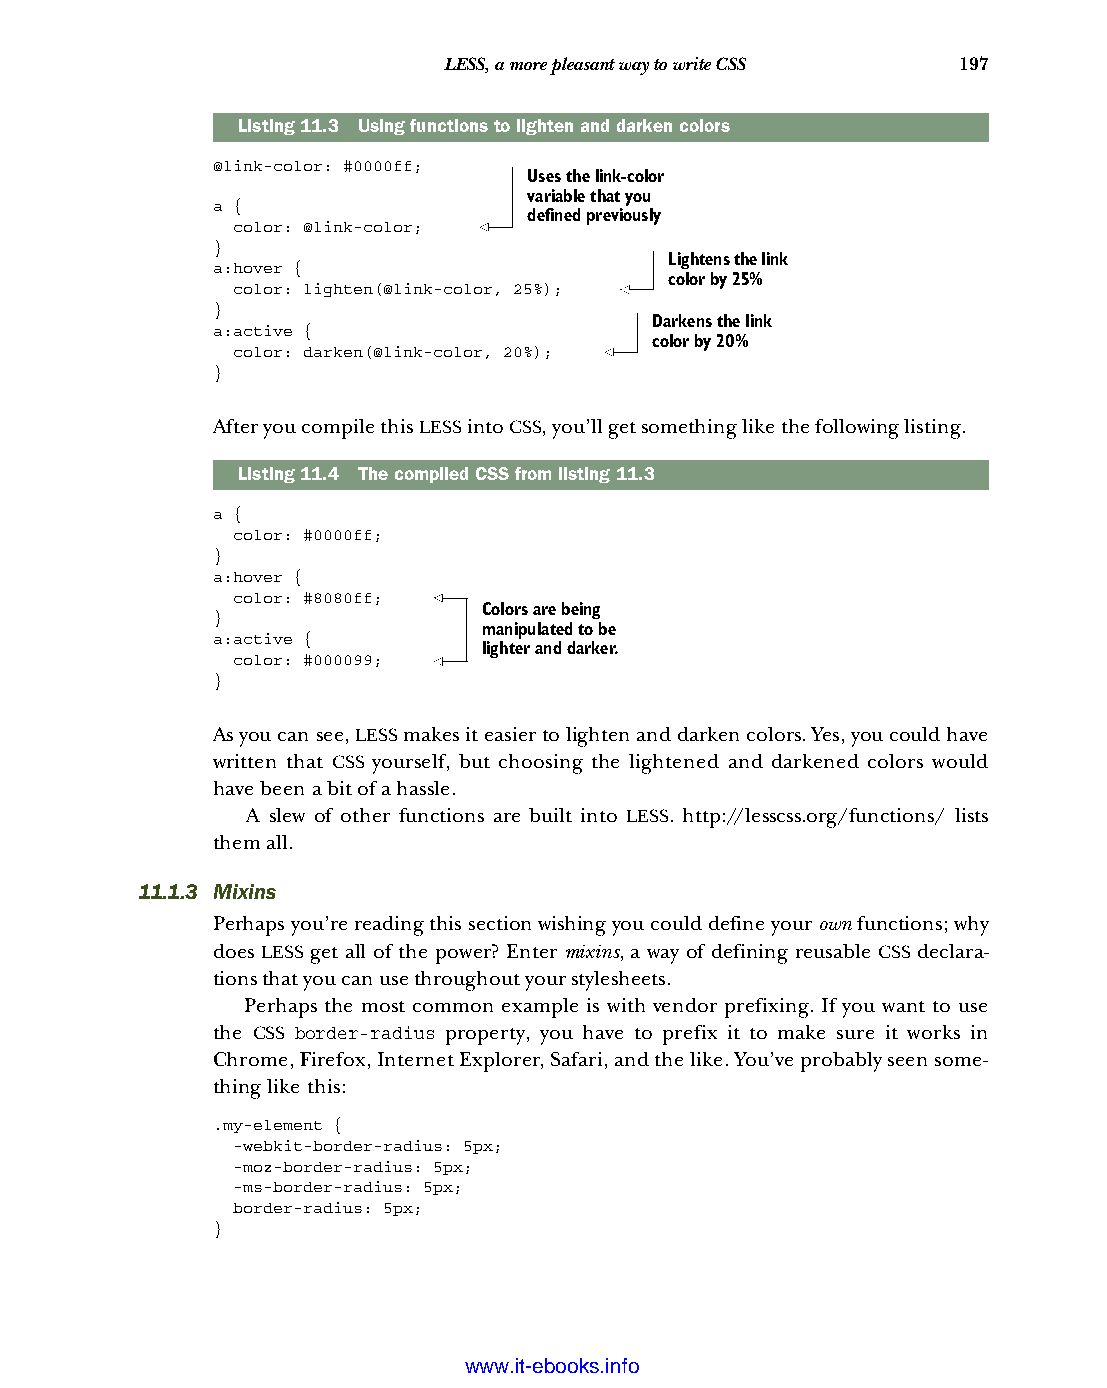
LESS, a more pleasant way to write CSS 197
 Listing11.3 Using functions to lighten and darken colors
 @link-color: #0000ff;
 Uses the link-color
 variable that you
 a {
 defined previously
 color: @link-color;
 }
 Lightens the link
 a:hover {
 color by 25%
 color: lighten(@link-color, 25%);
 }
 Darkens the link
 a:active {
 color by 20%
 color: darken(@link-color, 20%);
 }
 After you compile this LESS into CSS, you’ll get something like the following listing.
 Listing11.4 The compiled CSS from listing 11.3
 a {
 color: #0000ff;
 }
 a:hover {
 color: #8080ff;
 Colors are being
 }
 manipulated to be
 a:active {
 lighter and darker.
 color: #000099;
 }
 As you can see, LESS makes it easier to lighten and darken colors. Yes, you could have
 written that CSS yourself, but choosing the lightened and darkened colors would
 have been a bit of a hassle.
 A slew of other functions are built into LESS. http://lesscss.org/functions/ lists
 them all.
 11.1.3 Mixins
 Perhaps you’re reading this section wishing you could define your own functions; why
 does LESS get all of the power? Enter mixins, a way of defining reusable CSS declara-
 tions that you can use throughout your stylesheets.
 Perhaps the most common example is with vendor prefixing. If you want to use
 the CSS border-radius property, you have to prefix it to make sure it works in
 Chrome, Firefox, Internet Explorer, Safari, and the like. You’ve probably seen some-
 thing like this:
 .my-element {
 -webkit-border-radius: 5px;
 -moz-border-radius: 5px;
 -ms-border-radius: 5px;
 border-radius: 5px;
 }
 Licensed wtow w <.mit-ielebro.8o8k8s@.ingfomail.com>